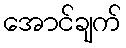
အောင်ချက်